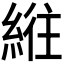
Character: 𫃮